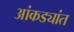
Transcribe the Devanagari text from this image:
आंकड्यांत